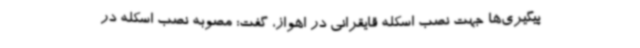
پیگیری‌ها جهت نصب اسکله قایقرانی در اهواز، گفت: مصوبه نصب اسکله در